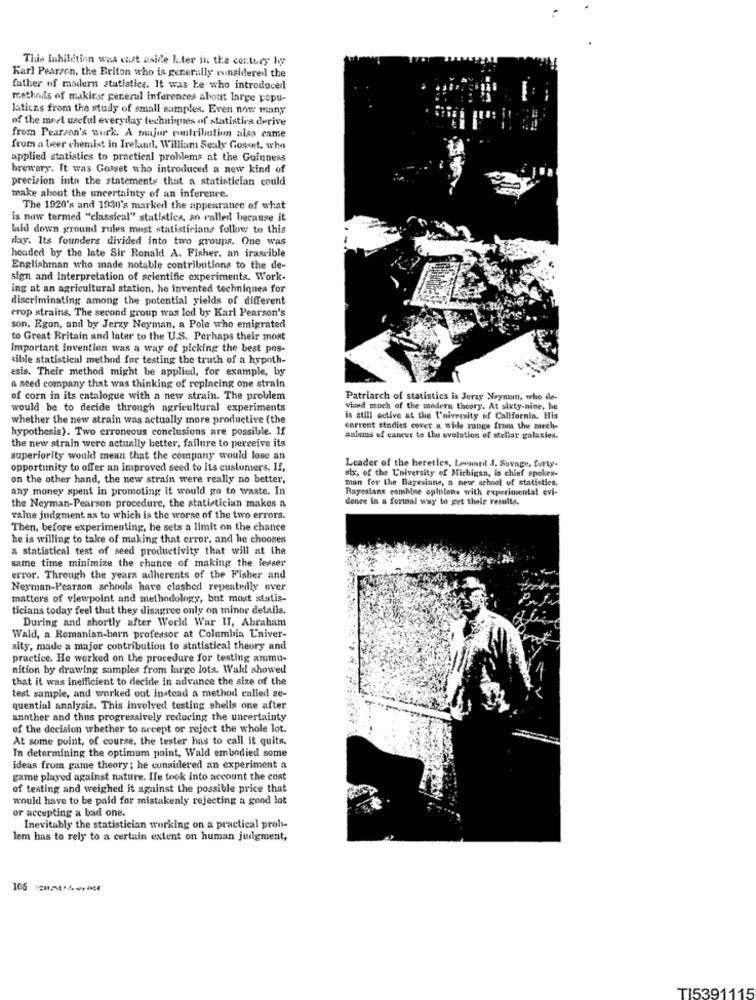
This Inhildtion was cast aside kter in the century Io
Karl Pearson, the Briton who is generally winsiderel the
father of modern statistica. It was he who introduced
methods of making general inferences about large popu-
latiens from the study of small samples. Even now many
of the most useful everyilay techniques of statistics derive
from Pearson's wurk. A major contribution also enme
from a beer chemist in Ireland. William Sealy Gouet, who
applied statistics to practical problems at the Guinness
brewery. It was Gorset who introduced a new kind of
precision into the statements that a statistician could
make about the uncertainty of an inference.
The 1920's and 1930's marked the appearance of what
is now termed "classical" statistica, an called because it
laid down ground rules most statisticians follow to this
day. Its founders divided into two groups. One was
headed by the late Sir Ronald! A. Fisher, an irascible
Englishman who made notable contributions to the de-
sign and Interpretation of scientific experiments. Work-
ing at an agricultural station, he invented techniques for
discriminating among the potential yields of different
crop strains. The second group was led by Karl Pearson's
son. Egon, and by Jerzy Neyman, a Pole who emigrated
to Great Britain and later to the U.S. Perhaps their most
Important invention was a way of picking the best pos-
sible statistical method for testing the truth of a hypoth-
esis. Their method might be applied, for example, by
a seed company that was thinking of replacing one strain
of corn in its catalogue with a new strain. The problem
Patriarch of statistics is Jerzy Neyman, who de-
would be to decide through agricultural experiments
vised much of the modern theory. At sixty-nine, he
whether the new strain was actually more productive (the
is still ective at the University of California. His
hypothesis). Two erroneous conclusions are possible. If
current studies cover a wide range from the mech-
anisms of cancer to the evolution of stellar galaxies.
the new strain were actually better, failure to perceive its
superiority would mean that the company would lose an
opportunity to offer an improved seed to its customers. If,
stx, of the University of Michigan, is chief spokes-
Leader of the heretles, Leraaril J. Savage, forty-
on the other hand, the new strain were really no better,
man for the Bayesians, a new school of statistics.
any money spent in promoting it would go to waste. In
Rayesiane combine opinions with experimental evi-
dence in a formal way to get their results.
the Neyman-Pearson procedure, the statistician makes a
value judgment as to which is the worse of the two errors.
Then, before experimenting, he sets a limit on the chance
he is willing to take of making that error, and he choones
a statistical test of seed productivity that will at the
same time minimize the chance of making the lesser
error. Through the years adherents of the Fisher and
Neyman-Pearson schools have clashed repeatedly over
matters of viewpoint and methodology, but most statis-
ticians today feel that they disagree only on minor details.
During and shortly after World War II, Abraham
Wald, a Romanian-barn professor at Columbia Univer-
sity, made a major contribution to statistical theory and
practice. He worked on the procedure for testing ammu-
nition by drawing samples from large lots. Wald showed
that it was inefficient to decide in advance the size of the
test sample, and worked out instead a method called se-
quential analysis. This involved testing shells one after
another and thus progressively reducing the uncertainty
of the decision whether to accept or reject the whole lot.
At some point, of course, the tester has to call it quits.
In determining the optimum point, Wald embodied some
ideas from game theory; he considered an experiment a
game played against nature. Ile took into account the cost
of testing and weighed it against the possible price that
would have to be paid for mistakenly rejecting a good lot
or accepting a bad one.
Inevitably the statistician working on a practical prohi-
lem has to rely to a certain extent on human judgment,
TI5391115